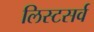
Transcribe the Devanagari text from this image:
लिस्टसर्व